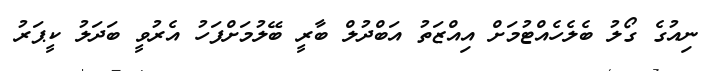
ނިއުގެ ގޯލު ބެލެހެއްޓުމަށް އިއްޒަތު އަބްދުލް ބާރީ ބޭލުމަށްފަހު އެރުވީ ބަދަލު ކީޕަރު